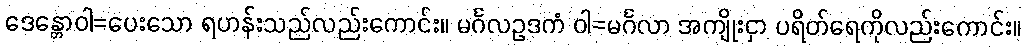
ဒေန္တောဝါ=ပေးသော ရဟန်းသည်လည်းကောင်း။ မင်္ဂလဥဒကံ ဝါ=မင်္ဂလာ အကျိုးငှာ ပရိတ်ရေကိုလည်းကောင်း။